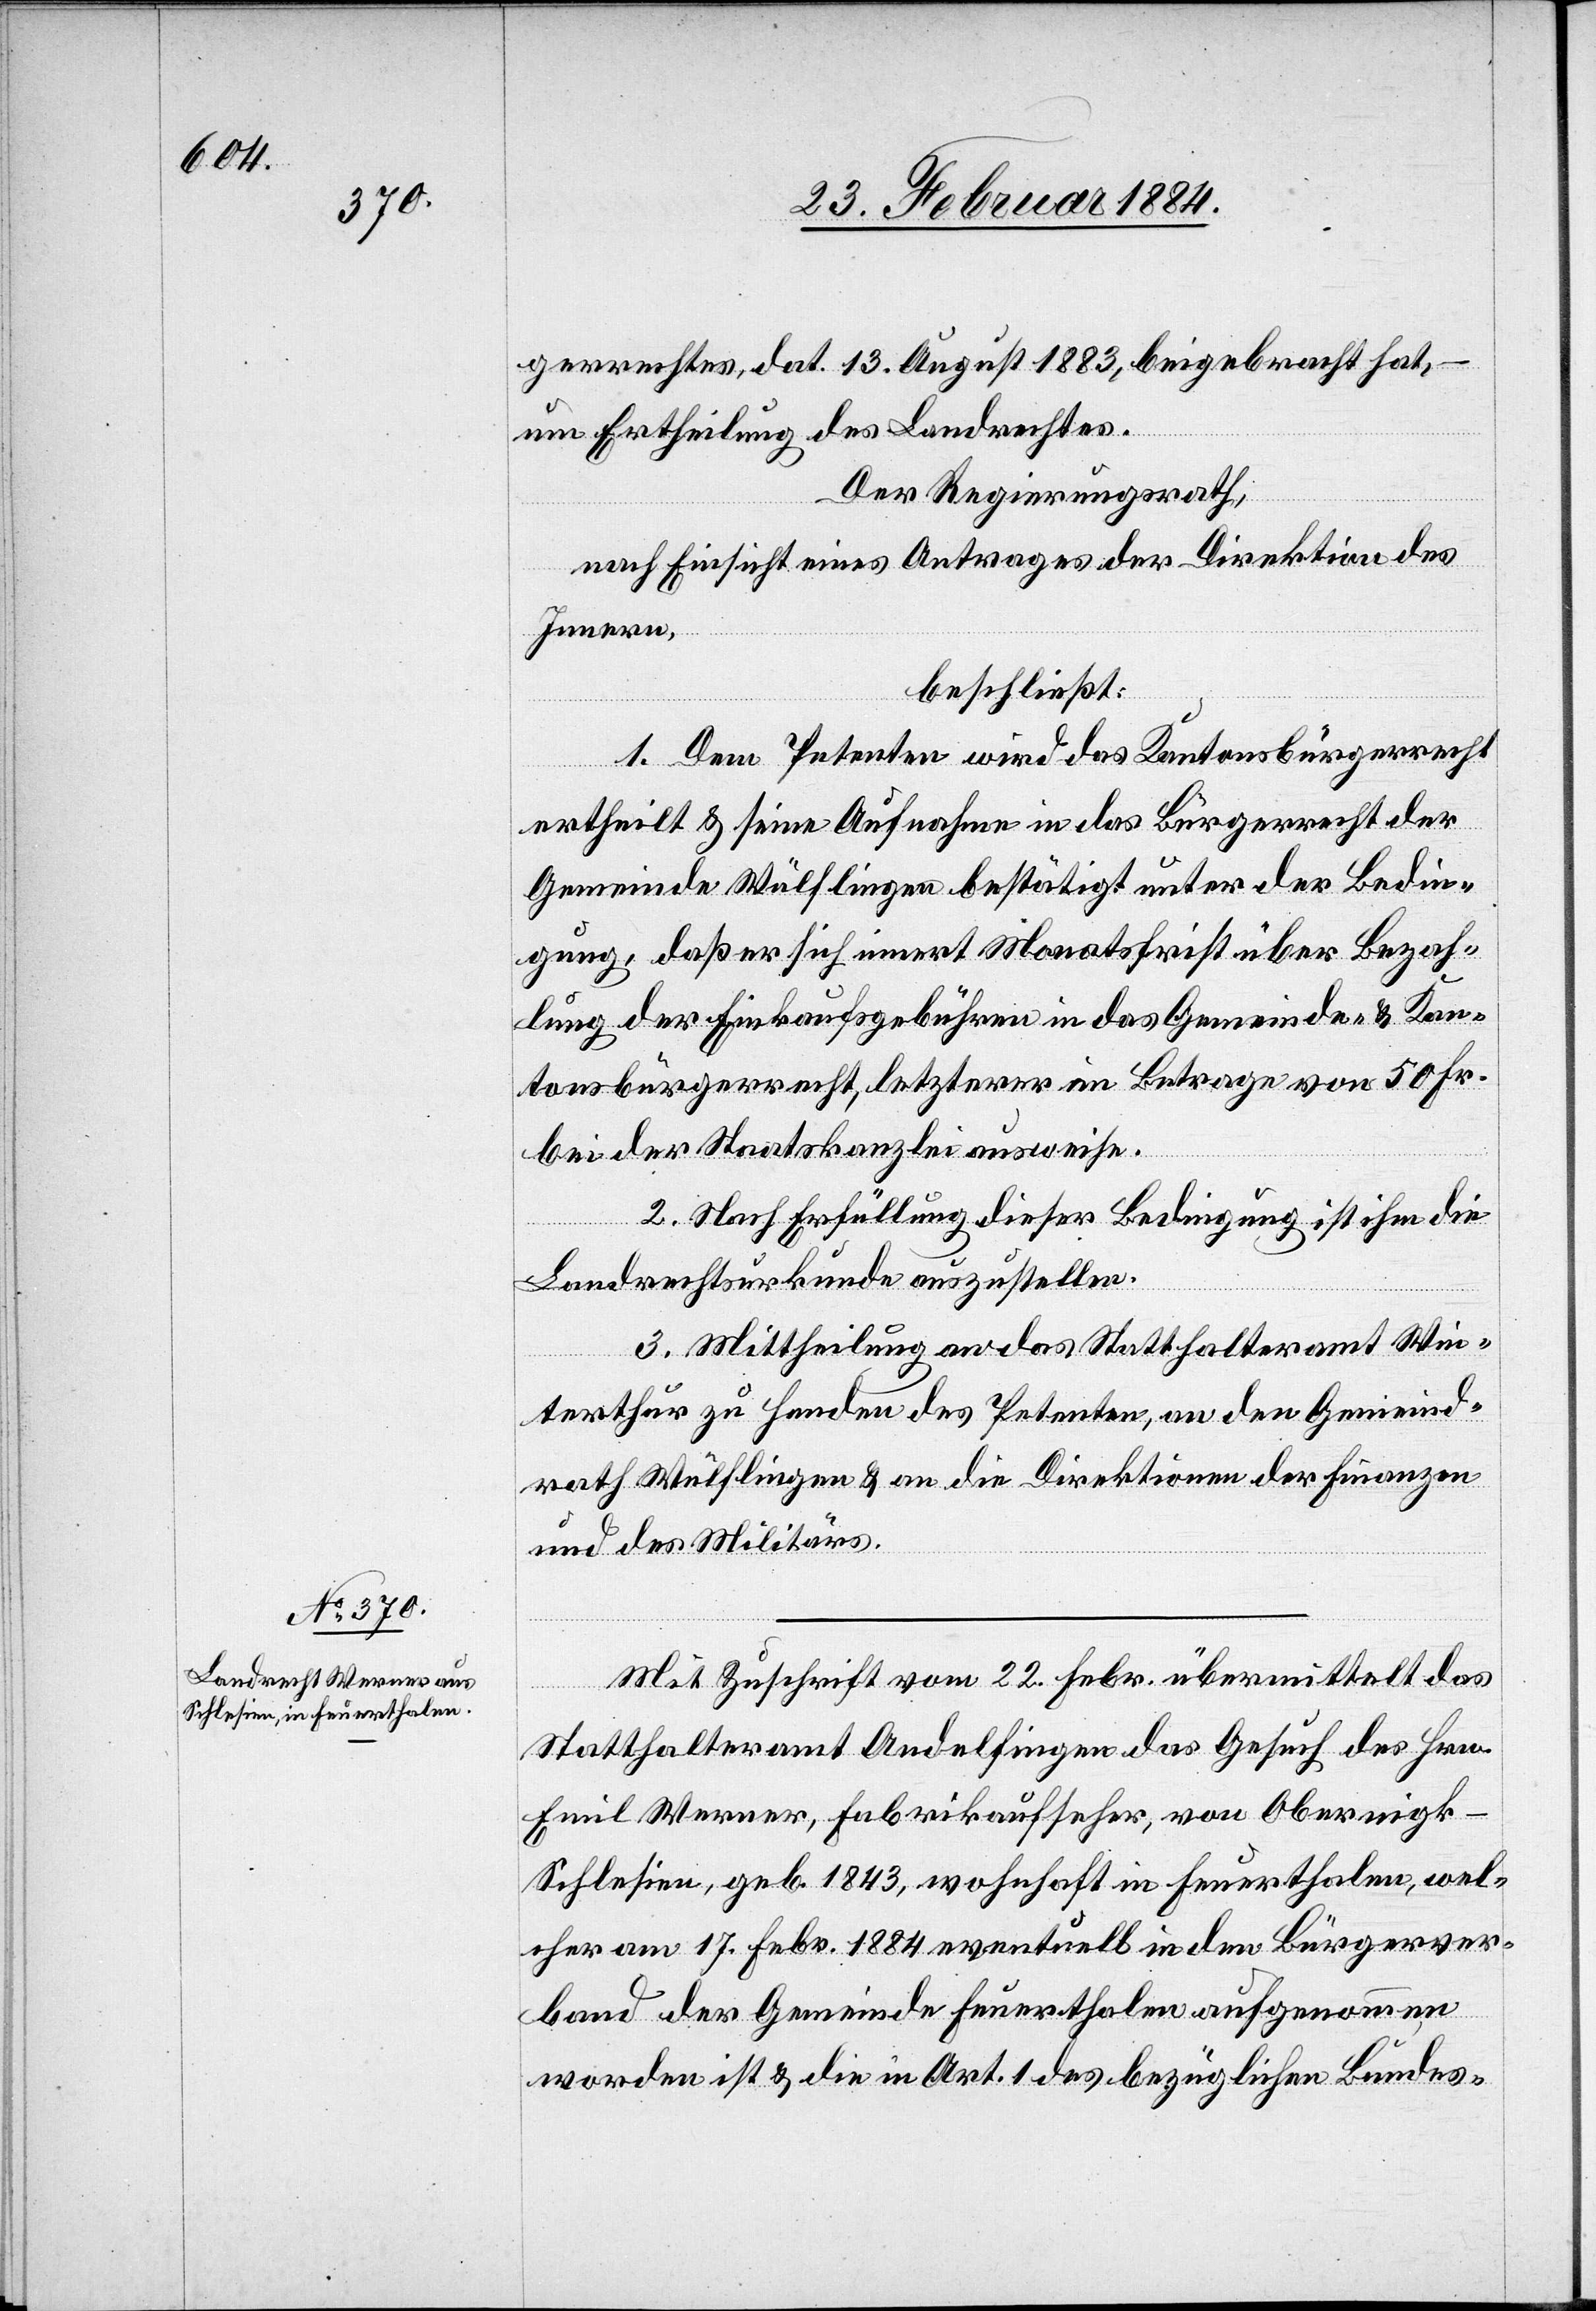
gerrechts, dat. 13. August 1883, beigebracht hat,
um Ertheilung des Landrechtes.
Der Regierungsrath,
nach Einsicht eines Antrages der Direktion des
Innern,
beschließt:
1. Dem Petenten wird das Kantonsbürgerrecht
ertheilt & seine Aufnahme in das Bürgerrecht der
Gemeinde Wülflingen bestätigt unter der Bedin¬
gung, daß er sich innert Monatsfrist über Bezah¬
lung der Einkaufsgebühren in das Gemeinde- & Kan¬
tonsbürgerrecht, letzterer im Betrage von 50 Fr.
bei der Staatskanzlei ausweise.
2. Nach Erfüllung dieser Bedingung ist ihm die
Landrechtsurkunde auszustellen.
3. Mittheilung an das Statthalteramt Win¬
terthur zu Handen des Petenten, an den Gemeind¬
rath Wülflingen & an die Direktion der Finanzen
und des Militärs.
Mit Zuschrift vom 22. Febr. übermittelt das
Statthalteramt Andelfingen das Gesuch des Hrn.
Emil Werner, Fabrikaufseher, von Obereigk
Schlesien, geb. 1843, wohnhaft in Feuerthalen, wel¬
cher am 17. Febr. 1884, eventuell in den Bürgerver¬
band der Gemeinde Feuerthalen aufgenommen
worden ist & die in Art. 1 des bezüglichen Bundes-